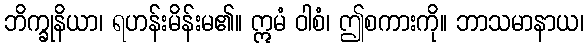
ဘိက္ခုနိယာ၊ ရဟန်းမိန်းမ၏။ ဣမံ ဝါစံ၊ ဤစကားကို။ ဘာသမာနာယ၊